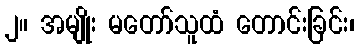
၂။ အမျိုး မတော်သူထံ တောင်းခြင်း၊